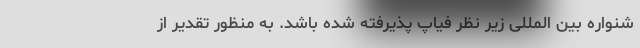
شنواره بین المللی زیر نظر فیاپ پذیرفته شده باشد. به منظور تقدیر از